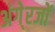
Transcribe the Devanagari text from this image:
अंगे्रजों